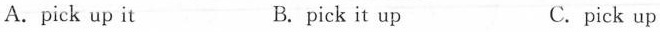
A. pick up it B. pick it up C. pick up